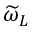
\widetilde { \omega } _ { L }